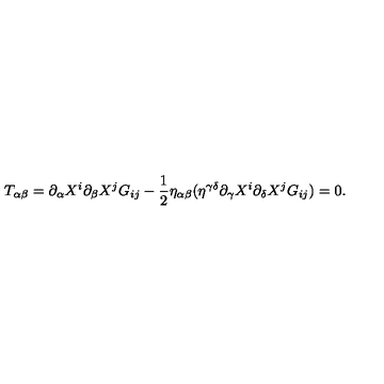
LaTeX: T _ { \alpha \beta } = \partial _ { \alpha } X ^ { i } \partial _ { \beta } X ^ { j } G _ { i j } - \frac { 1 } { 2 } \eta _ { \alpha \beta } ( \eta ^ { \gamma \delta } \partial _ { \gamma } X ^ { i } \partial _ { \delta } X ^ { j } G _ { i j } ) = 0 .